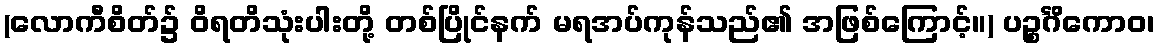
(လောကီစိတ်၌ ဝိရတိသုံးပါးတို့ တစ်ပြိုင်နက် မရအပ်ကုန်သည်၏ အဖြစ်ကြောင့်။) ပဉ္စင်္ဂိကောဝ၊